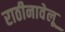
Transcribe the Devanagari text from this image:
राठीनावेलू